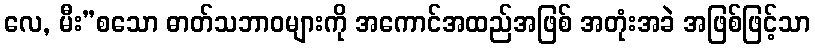
လေ, မီး”စသော ဓာတ်သဘာဝများကို အကောင်အထည်အဖြစ် အတုံးအခဲ အဖြစ်ဖြင့်သာ